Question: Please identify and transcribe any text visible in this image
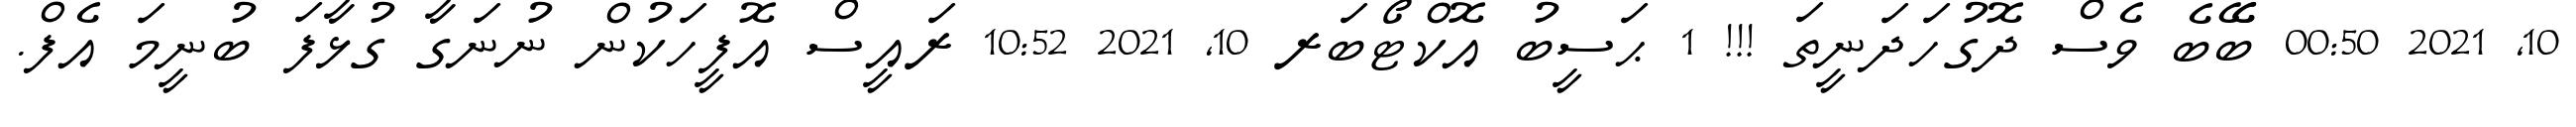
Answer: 10, 2021 00:50 ބެޭބެ ވެސް ދޮގުހަދަނީތަ !!! 1 ޙަސީބު އޮކްޓޯބަރ 10, 2021 10:52 ރައީސް އޮފީހަކުން ނުނަގާ ގުޅާފަ ބުނީމަ އެފް.